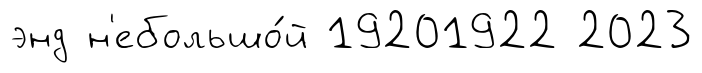
энд н'ебольшо́й 19201922 2023